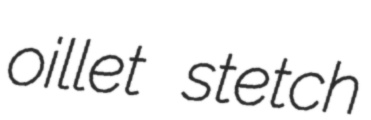
oillet stetch